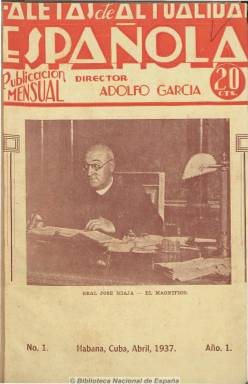
Título: Facetas de actualidad española
Colección: Guerra civil
Ámbito geográfico: Cuba
Lugar de publicación: Habana, Cuba
Fechas: 01/04/1937-31/08/1938

Revista mensual antifranquista, portavoz de la “España democrática y libre”, editada en La Habana (Cuba) que, además de difundir propaganda republicana, publica documentos, discursos, fotografías, dibujos, artículos, crónicas, reportajes, entrevistas, noticias, biografías de héroes y dirigentes republicanos y poemas referentes a la guerra civil (1936-1939). Incluye también textos emitidos por “Diario Español del Aire”, emisora perteneciente a la Editorial Facetas, como “La voz de la democracia española en Cuba”, cuyos locutores son también los responsables de la revista. Es dirigida por Adolfo García Fernández. Enrique Villanueva Prieto, subdirector; redactor jefe, Baltasar Pagés, que es sustituido por Antonio Suárez Gómez; y director artístico, Antonio Jiménez Armengol.

En ella se dan cita tanto escritores y periodistas españoles, como cubanos y de otros países americanos. Cuenta con corresponsales en España y en Estados Unidos, como Coleman Blum y J. Sabina. Incluye textos de Roberto Agramonte, Emilio Roig Leuchsenring, Raúl Roa, Ángel Ossorio y Gallardo, Félix Lázaro, Miguel Hernández, César Vallejo, Pablo Neruda, Nicolás Guillén, Manuel Navarro Luna, Regino Pedroso, Rafael Suárez Solís, Alfonso Camín, Emilio Ballagas, Mercedes Pinto, Juan Marinello, Félix Gordon Ordaz y Juan Luis Martín, entre otros.

Con cubiertas a color y números que van desde las 70 hasta casi los dos centenares de páginas, publica retratos fotográficos y biografías de, entre otros, el general José Miaja, Enrique Líster y Dolores Ibárruri “Pasionaria” y de otros personajes, e instantáneas del conflicto bélico, tanto de la retaguardia como de los frentes. Da cuenta de los actos celebrados en el Teatro Nacional para honrar la memoria del asesinado poeta Federico García Lorca; un libro blanco sobre la intervención militar italiana en España, una entrevista con el escritor Ernest Hemingway, reportajes sobre la intervención y los integrantes de la Brigada Abrahan Lincoln y sobre el papel de los corresponsales de la prensa extranjera en el conflicto bélico, etc.

En enero de 1939 es continuada por Facetas de actualidad, que seguirá editándose hasta febrero de 1940.